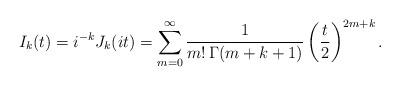
LaTeX: \begin{align*} I_k(t) = i^{-k} J_k(it) = \sum_{m=0}^{\infty} \frac{1}{m!\,\Gamma(m+k+1)} \left(\frac{t}{2}\right)^{2m+k}.\end{align*}